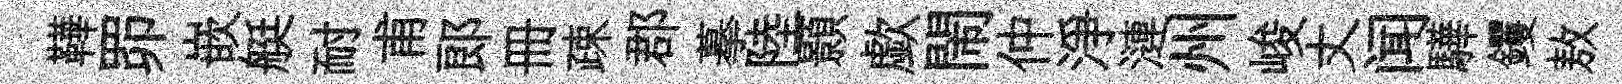
鞾𦊑嵌艇耐甫郞册疎郡摹陸顥歔閙仲淨漣州峻丈闻驊钁敖